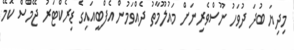
މިދިޔަ ބުދަ ދުވަހު ނޫސްވެރިނަށް މައުލޫމާތު ދެއްވަމުން އެފްބީއައިގެ ޑިރެކްޓަރު ޖޭމްސް ކޮމޭ